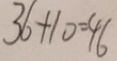
3 6 + 1 0 = 4 6